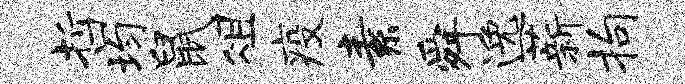
哲均鼠俎疫素舜逸薪拘